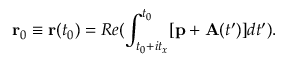
\mathbf { r } _ { 0 } \equiv \mathbf { r } ( t _ { 0 } ) = R e ( \int _ { t _ { 0 } + i t _ { x } } ^ { t _ { 0 } } [ \mathbf { p } + \mathbf { A } ( t ^ { \prime } ) ] d t ^ { \prime } ) .